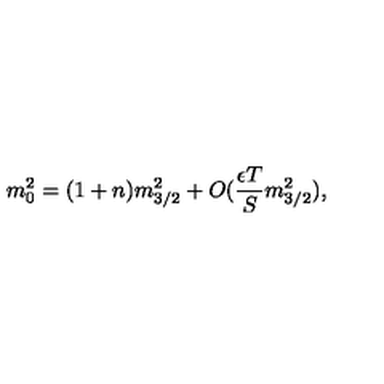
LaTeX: m _ { 0 } ^ { 2 } = ( 1 + n ) m _ { 3 / 2 } ^ { 2 } + O ( \frac { \epsilon T } { S } m _ { 3 / 2 } ^ { 2 } ) ,